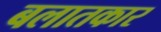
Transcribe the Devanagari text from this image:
बलातकार